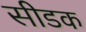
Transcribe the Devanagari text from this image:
सीडक